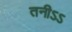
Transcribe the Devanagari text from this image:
तनीऽऽ